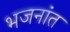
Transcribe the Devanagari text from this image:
भजनांत